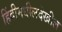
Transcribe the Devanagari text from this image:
हिंदीमधीलदेखील